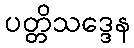
ပတ္တိသဒ္ဒေန